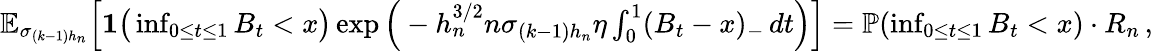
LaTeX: \begin{array}{r}{\mathbb{E}_{\sigma_{(k-1)h_{n}}}\Big[\mathbf{1}\big(\operatorname*{inf}_{0\le t\le 1}B_{t}<x\big)\exp\Big(-h_{n}^{3/2}n\sigma_{(k-1)h_{n}}\eta\int_{0}^{1}(B_{t}-x)_{-}\, dt\Big)\Big]=\mathbb{P}(\operatorname*{inf}_{0\le t\le 1}B_{t}<x)\cdot R_{n}\, ,}\end{array}